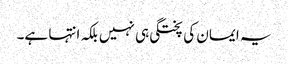
یہ ایمان کی پختگی ہی نہیں بلکہ انتہا ہے۔